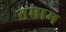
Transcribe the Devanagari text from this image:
तमाम